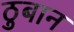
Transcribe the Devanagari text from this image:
ठुबान